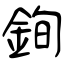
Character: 銁